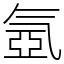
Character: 氬